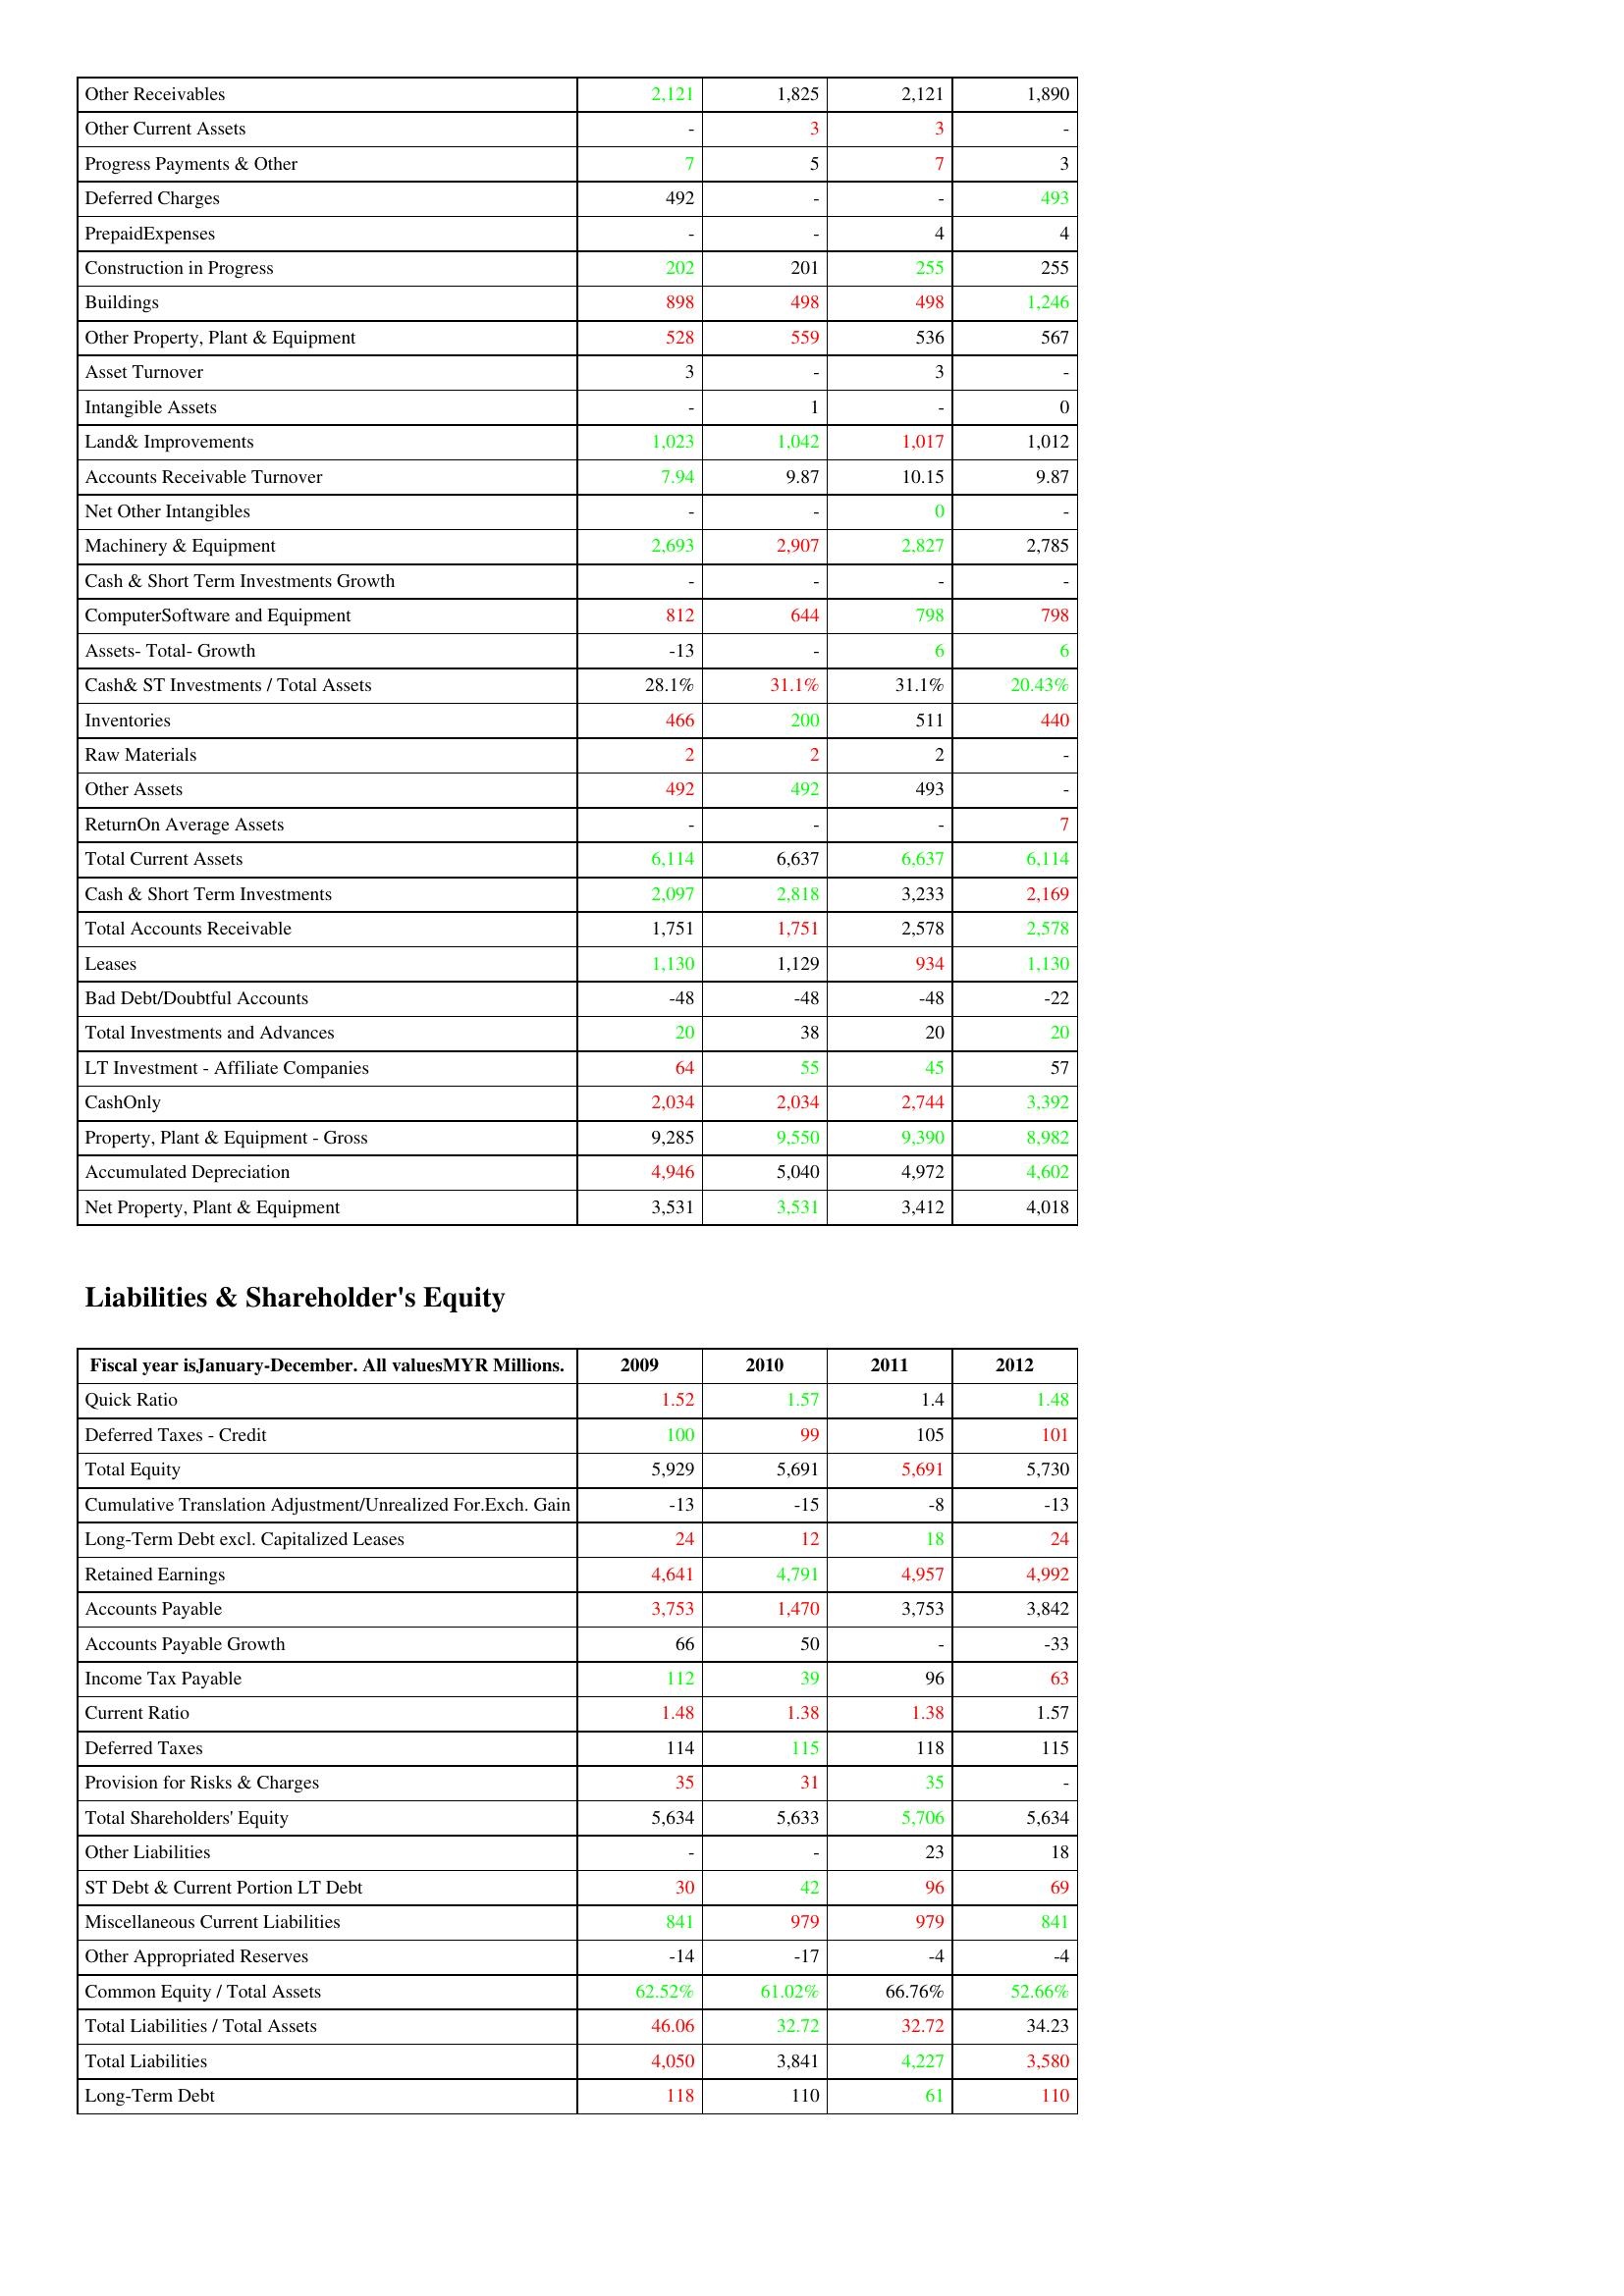
gt_parse: 2009: Assets: Other Receivables: 2,121
Other Current Assets: -
Progress Payments & Other: 7
Deferred Charges: 492
PrepaidExpenses: -
Construction in Progress: 202
Buildings: 898
Other Property, Plant & Equipment: 528
Asset Turnover: 3
Intangible Assets: -
Land& Improvements: 1,023
Accounts Receivable Turnover: 7.94
Net Other Intangibles: -
Machinery & Equipment: 2,693
Cash & Short Term Investments Growth: -
ComputerSoftware and Equipment: 812
Assets- Total- Growth: -13
Cash& ST Investments / Total Assets: 28.1%
Inventories: 466
Raw Materials: 2
Other Assets: 492
ReturnOn Average Assets: -
Total Current Assets: 6,114
Cash & Short Term Investments: 2,097
Total Accounts Receivable: 1,751
Leases: 1,130
Bad Debt/Doubtful Accounts: -48
Total Investments and Advances: 20
LT Investment - Affiliate Companies: 64
CashOnly: 2,034
Property, Plant & Equipment - Gross : 9,285
Accumulated Depreciation: 4,946
Net Property, Plant & Equipment: 3,531
Liabilities & Shareholder's Equity: Quick Ratio: 1.52
Deferred Taxes - Credit: 100
Total Equity: 5,929
Cumulative Translation Adjustment/Unrealized For.Exch. Gain: -13
Long-Term Debt excl. Capitalized Leases: 24
Retained Earnings: 4,641
Accounts Payable: 3,753
Accounts Payable Growth: 66
Income Tax Payable: 112
Current Ratio: 1.48
Deferred Taxes: 114
Provision for Risks & Charges: 35
Total Shareholders' Equity: 5,634
Other Liabilities: -
ST Debt & Current Portion LT Debt: 30
Miscellaneous Current Liabilities: 841
Other Appropriated Reserves: -14
Common Equity / Total Assets: 62.52%
Total Liabilities / Total Assets: 46.06
Total Liabilities: 4,050
Long-Term Debt: 118
2010: Assets: Other Receivables: 1,825
Other Current Assets: 3
Progress Payments & Other: 5
Deferred Charges: -
PrepaidExpenses: -
Construction in Progress: 201
Buildings: 498
Other Property, Plant & Equipment: 559
Asset Turnover: -
Intangible Assets: 1
Land& Improvements: 1,042
Accounts Receivable Turnover: 9.87
Net Other Intangibles: -
Machinery & Equipment: 2,907
Cash & Short Term Investments Growth: -
ComputerSoftware and Equipment: 644
Assets- Total- Growth: -
Cash& ST Investments / Total Assets: 31.1%
Inventories: 200
Raw Materials: 2
Other Assets: 492
ReturnOn Average Assets: -
Total Current Assets: 6,637
Cash & Short Term Investments: 2,818
Total Accounts Receivable: 1,751
Leases: 1,129
Bad Debt/Doubtful Accounts: -48
Total Investments and Advances: 38
LT Investment - Affiliate Companies: 55
CashOnly: 2,034
Property, Plant & Equipment - Gross : 9,550
Accumulated Depreciation: 5,040
Net Property, Plant & Equipment: 3,531
Liabilities & Shareholder's Equity: Quick Ratio: 1.57
Deferred Taxes - Credit: 99
Total Equity: 5,691
Cumulative Translation Adjustment/Unrealized For.Exch. Gain: -15
Long-Term Debt excl. Capitalized Leases: 12
Retained Earnings: 4,791
Accounts Payable: 1,470
Accounts Payable Growth: 50
Income Tax Payable: 39
Current Ratio: 1.38
Deferred Taxes: 115
Provision for Risks & Charges: 31
Total Shareholders' Equity: 5,633
Other Liabilities: -
ST Debt & Current Portion LT Debt: 42
Miscellaneous Current Liabilities: 979
Other Appropriated Reserves: -17
Common Equity / Total Assets: 61.02%
Total Liabilities / Total Assets: 32.72
Total Liabilities: 3,841
Long-Term Debt: 110
2011: Assets: Other Receivables: 2,121
Other Current Assets: 3
Progress Payments & Other: 7
Deferred Charges: -
PrepaidExpenses: 4
Construction in Progress: 255
Buildings: 498
Other Property, Plant & Equipment: 536
Asset Turnover: 3
Intangible Assets: -
Land& Improvements: 1,017
Accounts Receivable Turnover: 10.15
Net Other Intangibles: 0
Machinery & Equipment: 2,827
Cash & Short Term Investments Growth: -
ComputerSoftware and Equipment: 798
Assets- Total- Growth: 6
Cash& ST Investments / Total Assets: 31.1%
Inventories: 511
Raw Materials: 2
Other Assets: 493
ReturnOn Average Assets: -
Total Current Assets: 6,637
Cash & Short Term Investments: 3,233
Total Accounts Receivable: 2,578
Leases: 934
Bad Debt/Doubtful Accounts: -48
Total Investments and Advances: 20
LT Investment - Affiliate Companies: 45
CashOnly: 2,744
Property, Plant & Equipment - Gross : 9,390
Accumulated Depreciation: 4,972
Net Property, Plant & Equipment: 3,412
Liabilities & Shareholder's Equity: Quick Ratio: 1.4
Deferred Taxes - Credit: 105
Total Equity: 5,691
Cumulative Translation Adjustment/Unrealized For.Exch. Gain: -8
Long-Term Debt excl. Capitalized Leases: 18
Retained Earnings: 4,957
Accounts Payable: 3,753
Accounts Payable Growth: -
Income Tax Payable: 96
Current Ratio: 1.38
Deferred Taxes: 118
Provision for Risks & Charges: 35
Total Shareholders' Equity: 5,706
Other Liabilities: 23
ST Debt & Current Portion LT Debt: 96
Miscellaneous Current Liabilities: 979
Other Appropriated Reserves: -4
Common Equity / Total Assets: 66.76%
Total Liabilities / Total Assets: 32.72
Total Liabilities: 4,227
Long-Term Debt: 61
2012: Assets: Other Receivables: 1,890
Other Current Assets: -
Progress Payments & Other: 3
Deferred Charges: 493
PrepaidExpenses: 4
Construction in Progress: 255
Buildings: 1,246
Other Property, Plant & Equipment: 567
Asset Turnover: -
Intangible Assets: 0
Land& Improvements: 1,012
Accounts Receivable Turnover: 9.87
Net Other Intangibles: -
Machinery & Equipment: 2,785
Cash & Short Term Investments Growth: -
ComputerSoftware and Equipment: 798
Assets- Total- Growth: 6
Cash& ST Investments / Total Assets: 20.43%
Inventories: 440
Raw Materials: -
Other Assets: -
ReturnOn Average Assets: 7
Total Current Assets: 6,114
Cash & Short Term Investments: 2,169
Total Accounts Receivable: 2,578
Leases: 1,130
Bad Debt/Doubtful Accounts: -22
Total Investments and Advances: 20
LT Investment - Affiliate Companies: 57
CashOnly: 3,392
Property, Plant & Equipment - Gross : 8,982
Accumulated Depreciation: 4,602
Net Property, Plant & Equipment: 4,018
Liabilities & Shareholder's Equity: Quick Ratio: 1.48
Deferred Taxes - Credit: 101
Total Equity: 5,730
Cumulative Translation Adjustment/Unrealized For.Exch. Gain: -13
Long-Term Debt excl. Capitalized Leases: 24
Retained Earnings: 4,992
Accounts Payable: 3,842
Accounts Payable Growth: -33
Income Tax Payable: 63
Current Ratio: 1.57
Deferred Taxes: 115
Provision for Risks & Charges: -
Total Shareholders' Equity: 5,634
Other Liabilities: 18
ST Debt & Current Portion LT Debt: 69
Miscellaneous Current Liabilities: 841
Other Appropriated Reserves: -4
Common Equity / Total Assets: 52.66%
Total Liabilities / Total Assets: 34.23
Total Liabilities: 3,580
Long-Term Debt: 110